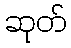
ဆုတ်